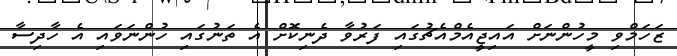
ޒަހަމްވި މީހުންނަށް އައިޖީއެމްއެޗުގައި ފަރުވާ ދެނިކޮށް އެ ތަނުގައި ހުންނަވައި އެ ހާދިސާ